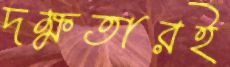
দক্ষতারই